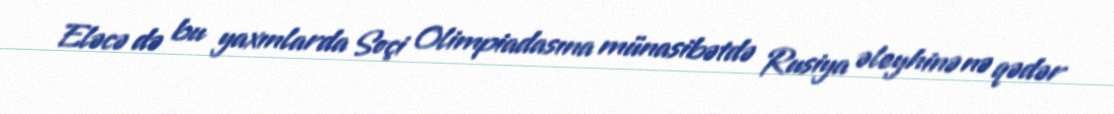
Eləcə də bu yaxınlarda Soçi Olimpiadasına münasibətdə Rusiya əleyhinə nə qədər